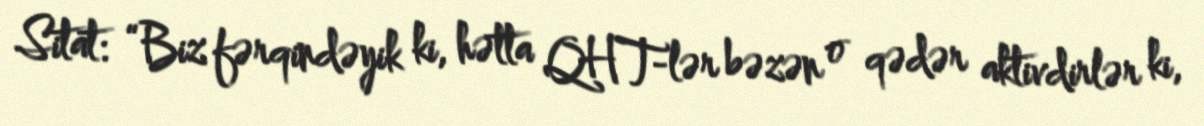
Sitat: “Biz fərqindəyik ki, hətta QHT-lər bəzən o qədər aktivdirlər ki,